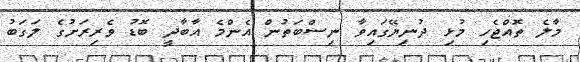
މާލެ ތޮއްޖެހި މުޅި ދުނިޔޭގައިވާ ނިސްބަތުން އެންމެ އާބާދީ ބޮޑު ވެރިރަށުގެ ލަގަބު